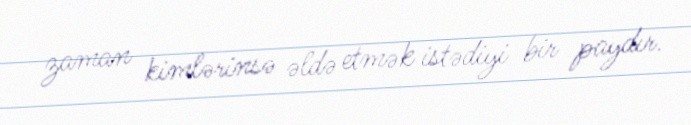
zaman kimlərinsə əldə etmək istədiyi bir paydır.